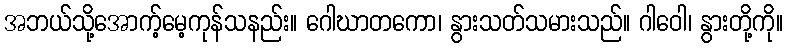
အဘယ်သို့အောက့်မေ့ကုန်သနည်း။ ဂေါဃာတကော၊ နွားသတ်သမားသည်။ ဂါဝေါ၊ နွားတို့ကို။